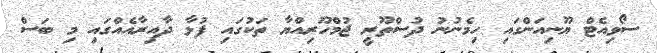
ސޯވިއެޓް ޔޫނިއަންގައި ހިމެނުނު ދުސްތޫރީ ޖުމްހޫރިއްޔާ ތަކުގައި ފުޅާ ދާއިރާއެއްގައި މި ބަސް